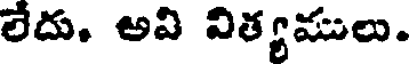
లేదు. అవి విత్యములు.